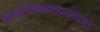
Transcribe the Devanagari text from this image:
ॲथलेटिक्सखालोखाल